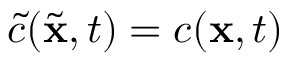
\tilde { c } ( \tilde { \mathbf { x } } , t ) = c ( \mathbf { x } , t )